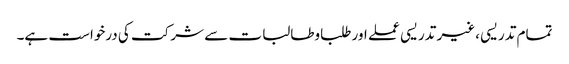
تمام تدریسی ،غیر تدریسی عملے اور طلباوطالبات سے شرکت کی درخواست ہے۔